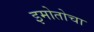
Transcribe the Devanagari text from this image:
इमोतोचा